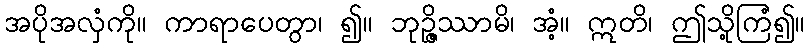
အပိုအလှံကို။ ကာရာပေတွာ၊ ၍။ ဘုဉ္ဇိဿာမိ၊ အံ့။ ဣတိ၊ ဤသို့ကြံ၍။